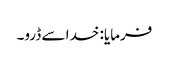
فرمایا: خدا سے ڈرو۔